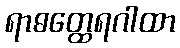
ရာဓတ္ထေရဂါထာ